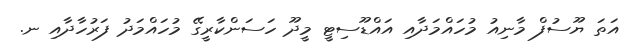
އަތަ ޔޫސުފް މާނިއު މުހައްމަދާއި އައްޑޫސިޓީ މީދޫ ހަސަންކާރީގޭ މުހައްމަދު ފަރުހާދާއި ނ.